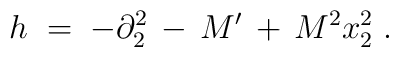
h\;=\;-\partial_2^2\,-\, M'\,+\,M^2 x_2^2\;.